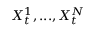
X _ { t } ^ { 1 } , . . . , X _ { t } ^ { N }